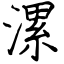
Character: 漯